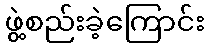
ဖွဲ့စည်းခဲ့ကြောင်း